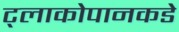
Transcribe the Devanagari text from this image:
ट्लाकोपानकडे